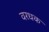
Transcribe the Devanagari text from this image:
वरधक